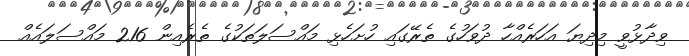
ވިދާޅުވީ މިދިޔަ އަހަރެއްހާ ދުވަހުގެ ތެރޭގައި ހުށަހެޅި މައްސަލަތަކުގެ ތެރެއިން 216 މައްސަލައެއް